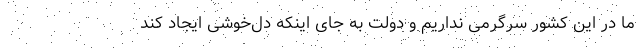
ما در این کشور سرگرمی نداریم و دولت به جای اینکه دل‌خوشی ایجاد کند